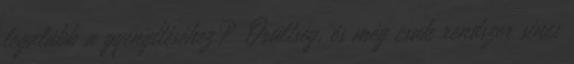
legalább a gyengítéséhez? Őrültség, és még csak rendszer sincs